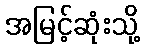
အမြင့်ဆုံးသို့